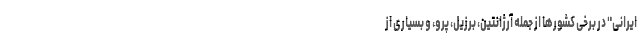
ایرانی" در برخی کشورها از جمله آرژانتین، برزیل، پرو، و بسیاری از